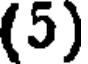
(5)